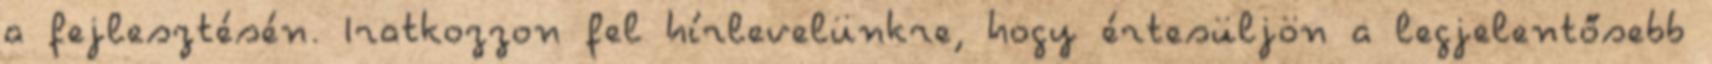
a fejlesztésén. Iratkozzon fel hírlevelünkre, hogy értesüljön a legjelentősebb